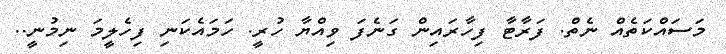
މަސައްކަތެއް ނެތް. ފަރާޓާ ފިހާރައިން ގަނެފަ ވިއްޔާ ހުރީ. ހަމައެކަނި ފިހެލީމަ ނިމުނީ..